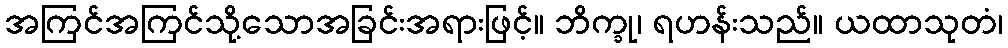
အကြင်အကြင်သို့သောအခြင်းအရားဖြင့်။ ဘိက္ခု၊ ရဟန်းသည်။ ယထာသုတံ၊